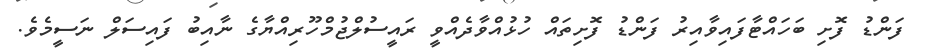
ފަންޑު ފޮށި ބަހައްޓާފައިވާއިރު ފަންޑު ފޮށިތައް ހުޅުއްވާދެއްވީ ރައީސުލްޖުމްހޫރިއްޔާގެ ނާއިބު ފައިސަލް ނަސީމެވެ.